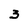
Character: 3